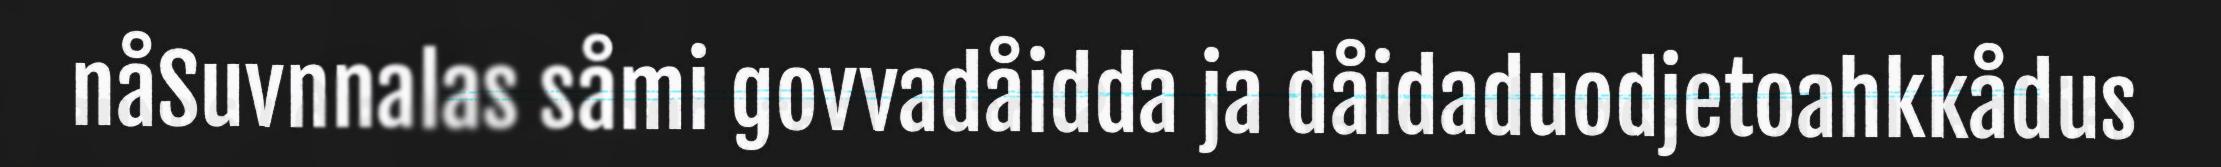
nåSuvnnalas såmi govvadåidda ja dåidaduodjetoahkkådus